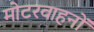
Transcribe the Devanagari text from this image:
मोटरवाहनों